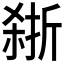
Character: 𪲽